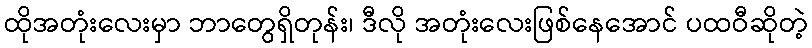
ထိုအတုံးလေးမှာ ဘာတွေရှိတုန်း၊ ဒီလို အတုံးလေးဖြစ်နေအောင် ပထဝီဆိုတဲ့